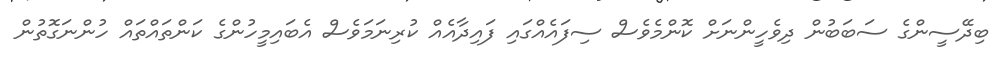
ބިދޭސީންގެ ސަބަބުން ދިވެހީންނަށް ކޮންމެވެސް ސިފައެއްގައި ފައިދާއެއް ކުރިނަމަވެސް އެބައިމީހުންގެ ކަންތައްތައް ހުންނަގޮތުން